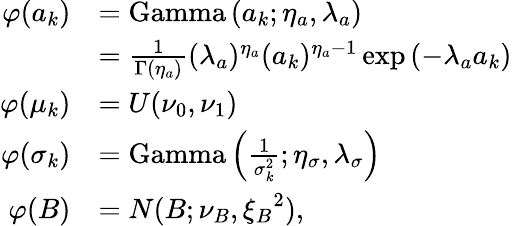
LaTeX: \begin{array}{rl}{\varphi(a_{k})}&{=\textup{Gamma}\left(a_{k};\eta_{a},\lambda_{a}\right)}\\ &{=\frac{1}{\Gamma(\eta_{a})}(\lambda_{a})^{\eta_{a}}(a_{k})^{\eta_{a}-1}\exp\left(-\lambda_{a}a_{k}\right)}\\ {\varphi(\mu_{k})}&{=U(\nu_{0},\nu_{1})}\\ {\varphi(\sigma_{k})}&{=\textup{Gamma}\left(\frac{1}{\sigma_{k}^{2}};\eta_{\sigma},\lambda_{\sigma}\right)}\\ {\varphi(B)}&{=N(B;\nu_{B},{\xi_{B}}^{2}),}\end{array}